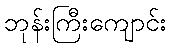
ဘုန်းကြီးကျောင်း